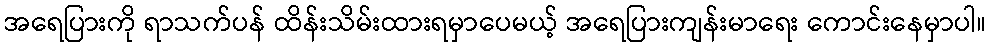
အရေပြားကို ရာသက်ပန် ထိန်းသိမ်းထားရမှာပေမယ့် အရေပြားကျန်းမာရေး ကောင်းနေမှာပါ။